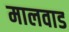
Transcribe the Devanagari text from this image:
मालवाड